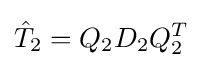
{\hat {T}}_{2}=Q_{2}D_{2}Q_{2}^{T}